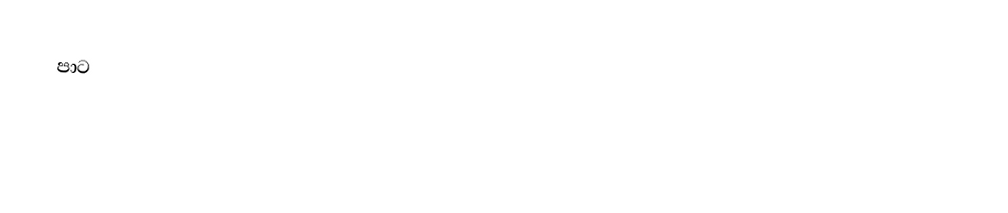
පා‍ට